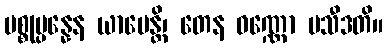
ပစ္စုပ္ပန္နေန ယာပေန္တိ၊ တေန ဝဏ္ဏော ပသီဒတိ။